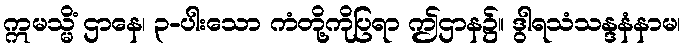
ဣမသ္မိံ ဌာနေ၊ ၃-ပါးသော ကံတို့ကိုပြရာ ဤဌာန၌။ ဒွါရသံသန္ဒနံနာမ၊